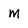
Character: m